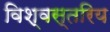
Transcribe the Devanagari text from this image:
विश्वस्तरिय